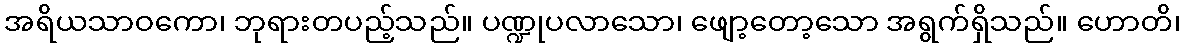
အရိယသာဝကော၊ ဘုရားတပည့်သည်။ ပဏ္ဍုပလာသော၊ ဖျော့တော့သော အရွက်ရှိသည်။ ဟောတိ၊